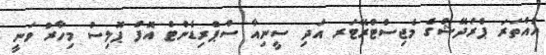
އުއްތަރަ ޕްރަދޭޝްގެ މެޖިސްޓްރޭޓަރ އަދި ސީނިއާ ސްޕްރިޑެންޓް އޮފް ޕޮލިސް މިހާރު ވަނީ